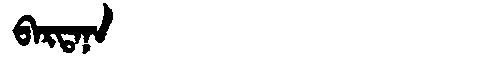
Manchu: ᠪᠠᡵᡨᠠᠨᠠ
Romanization: BARTANA